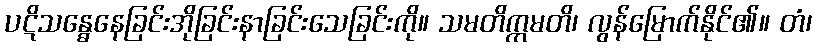
ပဋိသန္ဓေနေခြင်းအိုခြင်းနာခြင်းသေခြင်းကို။ သမတိက္ကမတိ၊ လွန်မြောက်နိုင်၏။ တံ၊